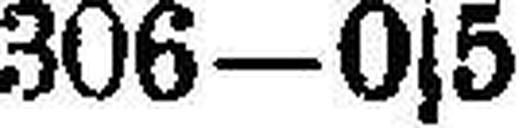
306—0s5